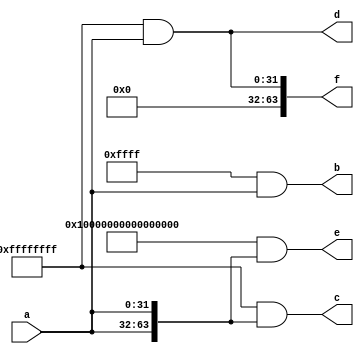

module consts(a,b,c,d,e,f);

input [31:0] a;
output [31:0] b,d;
output [63:0] c,e,f;

assign c = 64'hFFFFFFFF & {a,a};
assign b = 32'hFFFF & a;

assign e = 64'hFFFFFFFFFFFFFFFF & {a,a};
assign d = 32'hFFFFFFFF & a;

assign f = 32'hFFFFFFFF & a;

endmodule